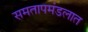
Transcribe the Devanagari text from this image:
समतापमंडलात